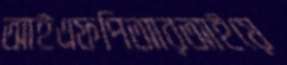
আইএফপিআরআইয়ে